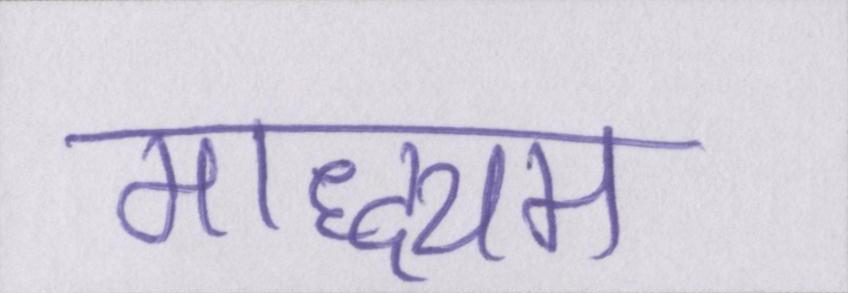
माद्ध्यम